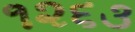
૧૨૬૩